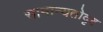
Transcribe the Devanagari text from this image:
सामान्यतोदृष्ट